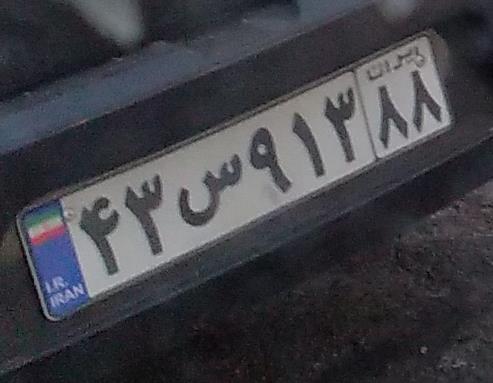
۴۳س۹۱۳۸۸